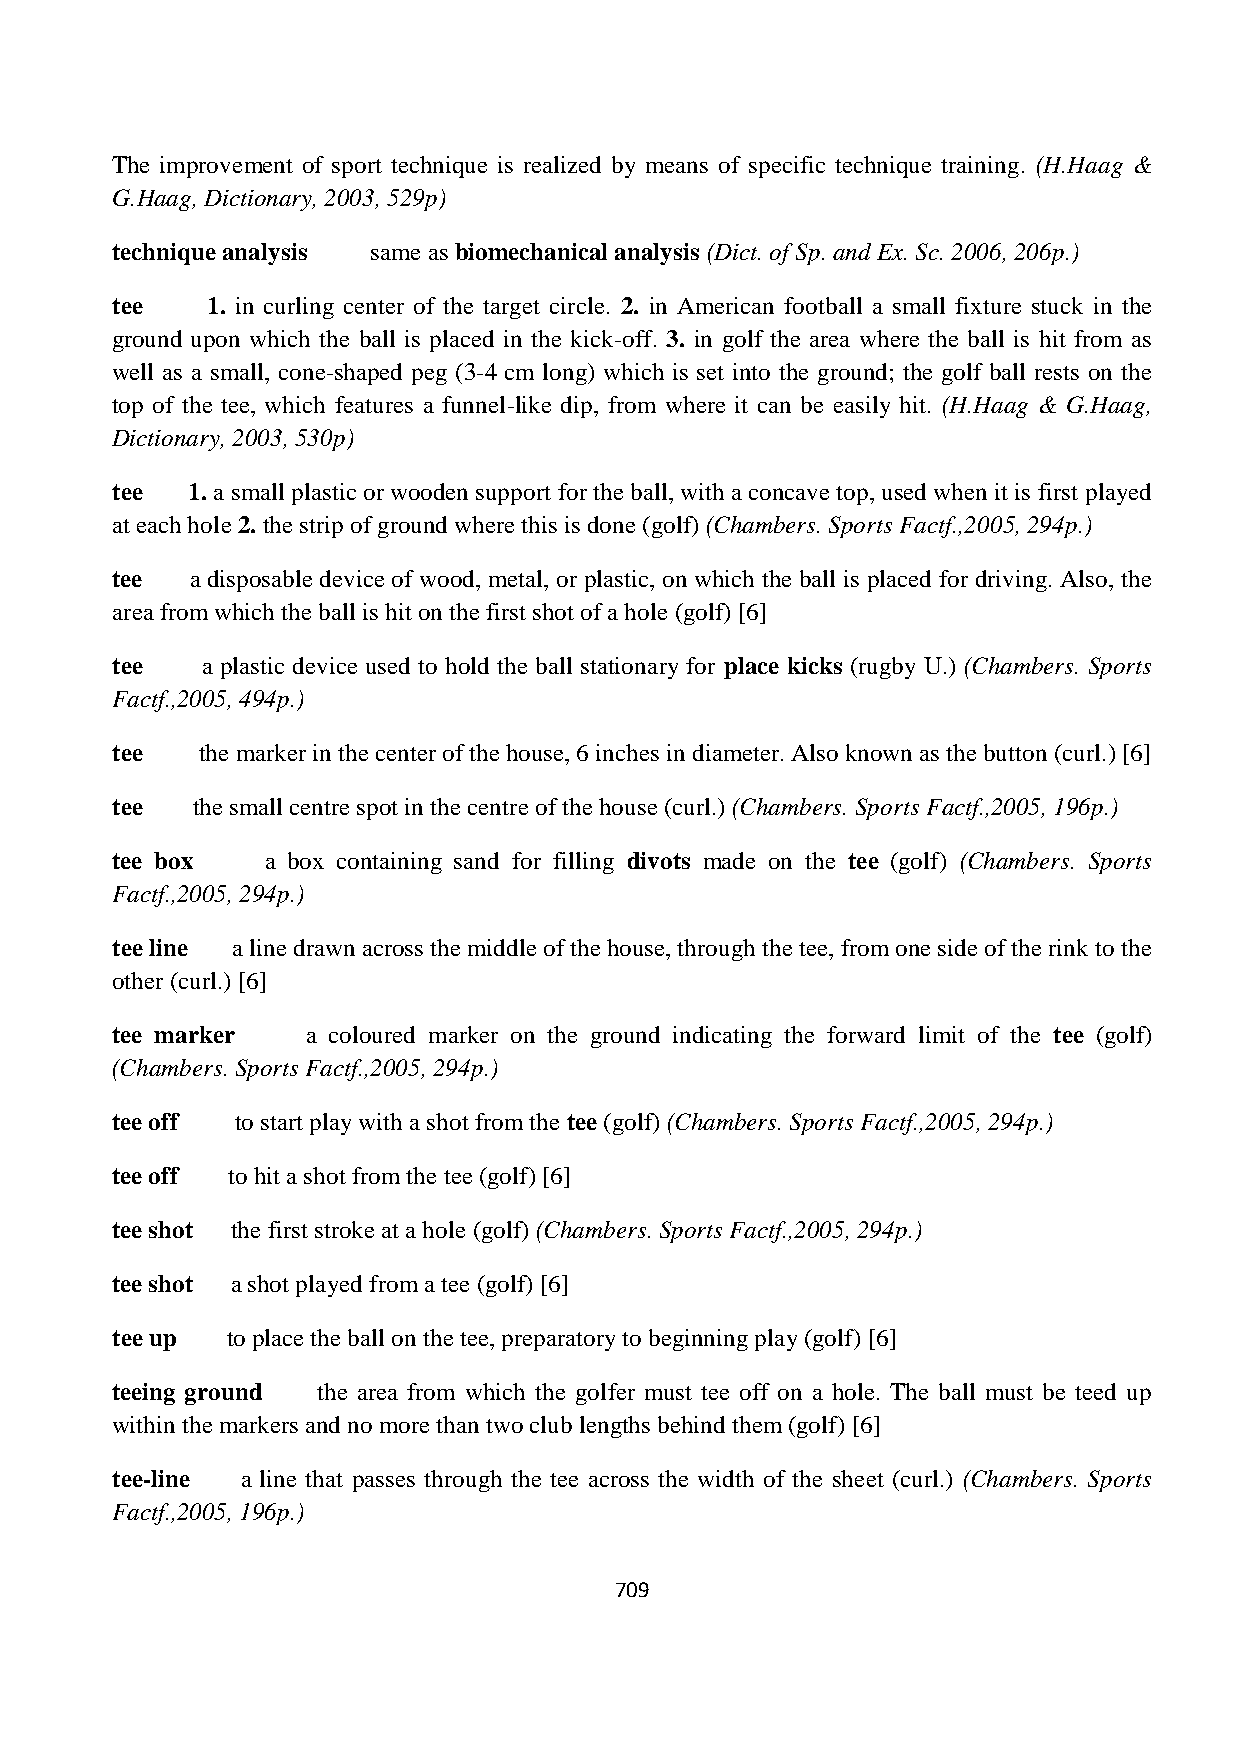
The improvement of sport technique is realized by means of specific technique training. (H.Haag &
 G.Haag, Dictionary, 2003, 529p)
 technique analysis same as biomechanical analysis (Dict. of Sp. and Ex. Sc. 2006, 206p.)
 tee    1. in curling center of the target circle. 2. in American football a small fixture stuck in the
 ground upon which the ball is placed in the kick-off. 3. in golf the area where the ball is hit from as
 well as a small, cone-shaped peg (3-4 cm long) which is set into the ground; the golf ball rests on the
 top of the tee, which features a funnel-like dip, from where it can be easily hit. (H.Haag & G.Haag,
 Dictionary, 2003, 530p)
 tee  1. a small plastic or wooden support for the ball, with a concave top, used when it is first played
 at each hole 2. the strip of ground where this is done (golf) (Chambers. Sports Factf.,2005, 294p.)
 tee   a disposable device of wood, metal, or plastic, on which the ball is placed for driving. Also, the
 area from which the ball is hit on the first shot of a hole (golf) [6]
 tee   a plastic device used to hold the ball stationary for place kicks (rugby U.) (Chambers. Sports
 Factf.,2005, 494p.)
 tee   the marker in the center of the house, 6 inches in diameter. Also known as the button (curl.) [6]
 tee   the small centre spot in the centre of the house (curl.) (Chambers. Sports Factf.,2005, 196p.)
 tee box    a box containing sand for filling divots made on the tee (golf) (Chambers. Sports
 Factf.,2005, 294p.)
 tee line a line drawn across the middle of the house, through the tee, from one side of the rink to the
 other (curl.) [6]
 tee marker   a coloured marker on the ground indicating the forward limit of the tee (golf)
 (Chambers. Sports Factf.,2005, 294p.)
 tee off  to start play with a shot from the tee (golf) (Chambers. Sports Factf.,2005, 294p.)
 tee off to hit a shot from the tee (golf) [6]
 tee shot the first stroke at a hole (golf) (Chambers. Sports Factf.,2005, 294p.)
 tee shot a shot played from a tee (golf) [6]
 tee up  to place the ball on the tee, preparatory to beginning play (golf) [6]
 teeing ground the area from which the golfer must tee off on a hole. The ball must be teed up
 within the markers and no more than two club lengths behind them (golf) [6]
 tee-line a line that passes through the tee across the width of the sheet (curl.) (Chambers. Sports
 Factf.,2005, 196p.)
 709